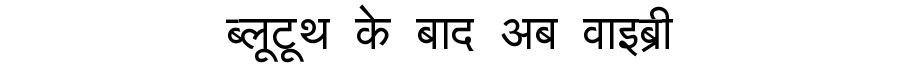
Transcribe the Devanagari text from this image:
ब्लूटूथ के बाद अब वाइब्री